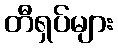
တီရှပ်များ